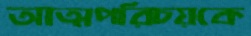
আত্মপরিচয়কে